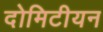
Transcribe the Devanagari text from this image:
दोमिटीयन